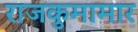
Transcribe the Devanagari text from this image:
राजकुमामार